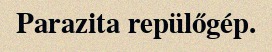
Parazita repülőgép.